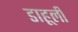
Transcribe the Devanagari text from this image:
डाहूली